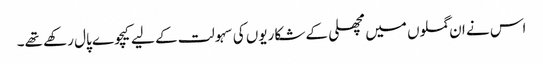
اس نے ان گملوں میں مچھلی کے شکاریوں کی سہولت کے لیے کیچوے پال رکھے تھے۔